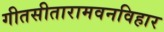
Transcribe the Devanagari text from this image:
गीतसीतारामवनविहार